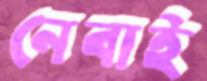
নেবাই